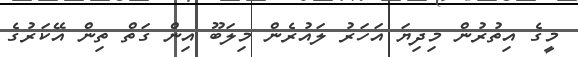
މީގެ އިތުރުން މިދިޔަ އަހަރު ލައުރެން މިލަބޫ އިން ގަތް ތިން އޭކަރުގެ